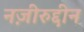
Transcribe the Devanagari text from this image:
नज़ीरुद्दीन